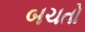
બચતો